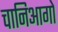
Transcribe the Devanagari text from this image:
चानिआगो